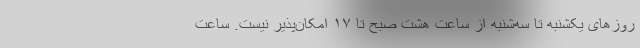
روزهای یکشنبه تا سه‌شنبه از ساعت هشت صبح تا ۱۷ امکان‌پذیر نیست. ساعت